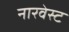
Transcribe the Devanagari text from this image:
नारवेस्ट